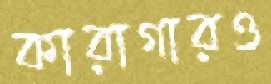
কারাগারও